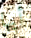
أيها